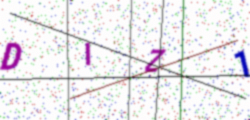
Text: DIZ1